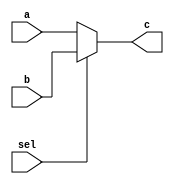
 module mux322(a, b, c, sel);
    input sel;
    input [31:0] a, b;
    output reg [31:0] c;
    
    always @(sel or a)
    begin
        if(sel == 0)
           c = a;
        else
           c = b;
    end 
 endmodule